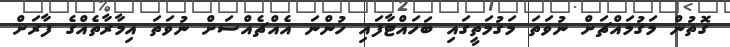
ގޮތުން މަގުމައްޗަށް ނުވަތަ މަގުމަތީގައި ބަހައްޓާފައި ހުންނަ އެއްޗެއްސަށް ނުވަތަ އިމާރާތެއްގެ ފާރަށް